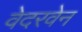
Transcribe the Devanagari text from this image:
वेदरवेन